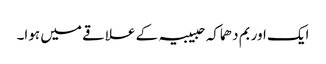
ایک اور بم دھماکہ حبیبیہ کے علاقے میں ہوا۔